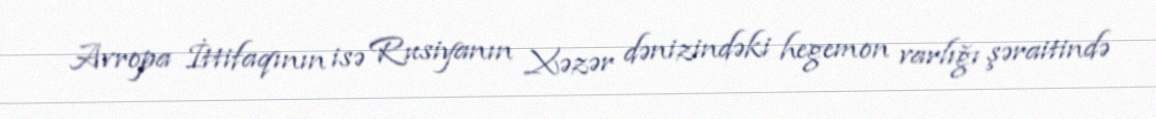
Avropa İttifaqının isə Rusiyanın Xəzər dənizindəki hegemon varlığı şəraitində